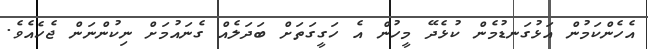
އެހެންކަމުން އަޅުގަނޑުމެން ކުޅެދޭ މީހުން އެ ހަގީގަތަށް ބަދަލެއް ގެނައުމަށް ނިކުންނަން ޖެހެއެވެ.